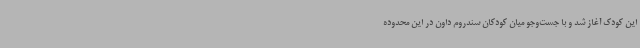
این کودک آغاز شد و با جست‌وجو میان کودکان سندروم داون در این محدوده